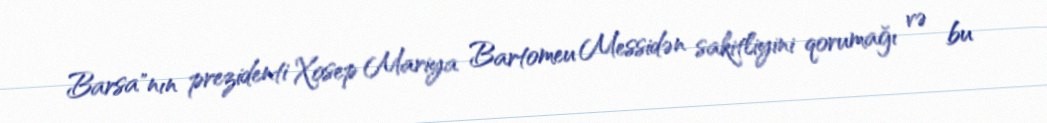
Barsa"nın prezidenti Xosep Mariya Bartomeu Messidən sakitliyini qorumağı və bu